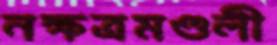
নক্ষত্রমণ্ডলী